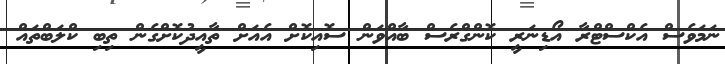
ނަމަވެސް އެކްސްޓްރާ އޯޑިނަރީ ކޮންގްރެސް ބާއްވަން ސޮއިކޮށް އެއަށް ތާއީދުކޮށްގެން ތިބި ކްލަބްތައް